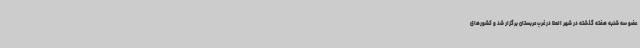
عضو سه شنبه هفته گذشته در شهر العلا در غرب عربستان برگزار شد و کشورهای